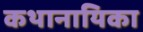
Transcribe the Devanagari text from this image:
कथानायिका